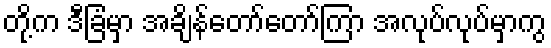
တို့က ဒီခြံမှာ အချိန်တော်တော်ကြာ အလုပ်လုပ်မှာကွ